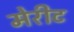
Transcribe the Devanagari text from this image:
मेरीट